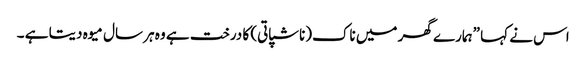
اس نے کہا ”ہمارے گھر میں ناک(ناشپاتی) کا درخت ہے وہ ہر سال میوہ دیتا ہے ۔